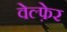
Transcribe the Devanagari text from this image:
वेल्फ़ेर